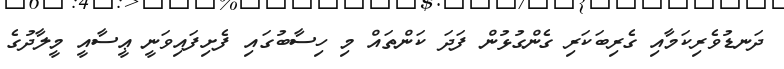
ދަނޑުވެރިކަމާއި ގެރިބަކަރި ގެންގުޅުން ފަދަ ކަންތައް މި ހިސާބުގައި ފެށިފައިވަނީ ޢީސާއީ މީލާދުގެ